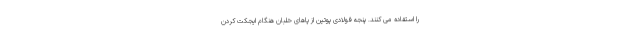
را استفاده می کنند. پنجه فولادی پوتین از پاهای خلبان هنگام ایجکت کردن